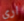
اري